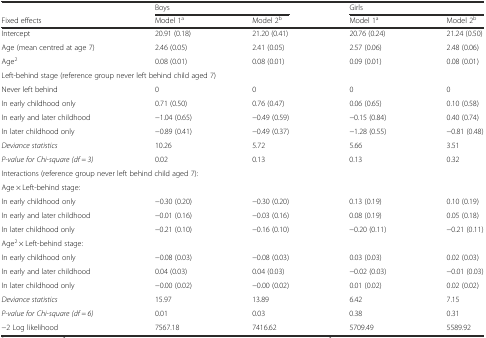
<table><thead><tr><td></td><td colspan="2"><b>Boys</b></td><td colspan="2"><b>Girls</b></td></tr><tr><td><b>Fixed effects</b></td><td><b>Model 1<sup>a</sup></b></td><td><b>Model 2<sup>b</sup></b></td><td><b>Model 1<sup>a</sup></b></td><td><b>Model 2<sup>b</sup></b></td></tr></thead><tbody><tr><td>Intercept</td><td>20.91 (0.18)</td><td>21.20 (0.41)</td><td>20.76 (0.24)</td><td>21.24 (0.50)</td></tr><tr><td>Age (mean centred at age 7)</td><td>2.46 (0.05)</td><td>2.41 (0.05)</td><td>2.57 (0.06)</td><td>2.48 (0.06)</td></tr><tr><td>Age<sup>2</sup></td><td>0.08 (0.01)</td><td>0.08 (0.01)</td><td>0.09 (0.01)</td><td>0.08 (0.01)</td></tr><tr><td colspan="5">Left-behind stage (reference group never left behind child aged 7)</td></tr><tr><td>Never left behind</td><td>0</td><td>0</td><td>0</td><td>0</td></tr><tr><td>In early childhood only</td><td>0.71 (0.50)</td><td>0.76 (0.47)</td><td>0.06 (0.65)</td><td>0.10 (0.58)</td></tr><tr><td>In early and later childhood</td><td>−1.04 (0.65)</td><td>−0.49 (0.59)</td><td>−0.15 (0.84)</td><td>0.40 (0.74)</td></tr><tr><td>In later childhood only</td><td>−0.89 (0.41)</td><td>−0.49 (0.37)</td><td>−1.28 (0.55)</td><td>−0.81 (0.48)</td></tr><tr><td><i>Deviance statistics</i></td><td>10.26</td><td>5.72</td><td>5.66</td><td>3.51</td></tr><tr><td><i>P-value for Chi-square (df = 3)</i></td><td>0.02</td><td>0.13</td><td>0.13</td><td>0.32</td></tr><tr><td colspan="5">Interactions (reference group never left behind child aged 7):</td></tr><tr><td>Age × Left-behind stage:</td><td></td><td></td><td></td><td></td></tr><tr><td>In early childhood only</td><td>−0.30 (0.20)</td><td>−0.30 (0.20)</td><td>0.13 (0.19)</td><td>0.10 (0.19)</td></tr><tr><td>In early and later childhood</td><td>−0.01 (0.16)</td><td>−0.03 (0.16)</td><td>0.08 (0.19)</td><td>0.05 (0.18)</td></tr><tr><td>In later childhood only</td><td>−0.21 (0.10)</td><td>−0.16 (0.10)</td><td>−0.20 (0.11)</td><td>−0.21 (0.11)</td></tr><tr><td>Age<sup>2</sup> × Left-behind stage:</td><td></td><td></td><td></td><td></td></tr><tr><td>In early childhood only</td><td>−0.08 (0.03)</td><td>−0.08 (0.03)</td><td>0.03 (0.03)</td><td>0.02 (0.03)</td></tr><tr><td>In early and later childhood</td><td>0.04 (0.03)</td><td>0.04 (0.03)</td><td>−0.02 (0.03)</td><td>−0.01 (0.03)</td></tr><tr><td>In later childhood only</td><td>−0.00 (0.02)</td><td>−0.00 (0.02)</td><td>0.01 (0.02)</td><td>0.02 (0.02)</td></tr><tr><td><i>Deviance statistics</i></td><td>15.97</td><td>13.89</td><td>6.42</td><td>7.15</td></tr><tr><td><i>P-value for Chi-square (df = 6)</i></td><td>0.01</td><td>0.03</td><td>0.38</td><td>0.31</td></tr><tr><td>−2 Log likelihood</td><td>7567.18</td><td>7416.62</td><td>5709.49</td><td>5589.92</td></tr></tbody></table>